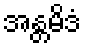
အန္တမိဒံ